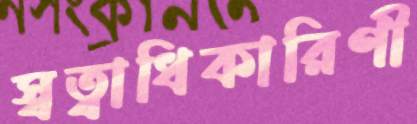
স্বত্বাধিকারিণী